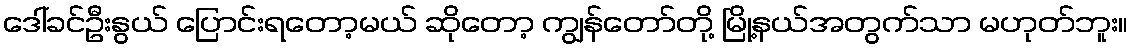
ဒေါ်ခင်ဦးနွယ် ပြောင်းရတော့မယ် ဆိုတော့ ကျွန်တော်တို့ မြို့နယ်အတွက်သာ မဟုတ်ဘူး။